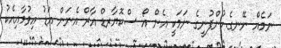
ނަމެއް ނޭނގެ.ކުންފުނީގެ ނަމަކީ އެން އޯ ސްކޮޔާރޑް އާރް އެނަން އަޑު އިވުމާއިއެކު